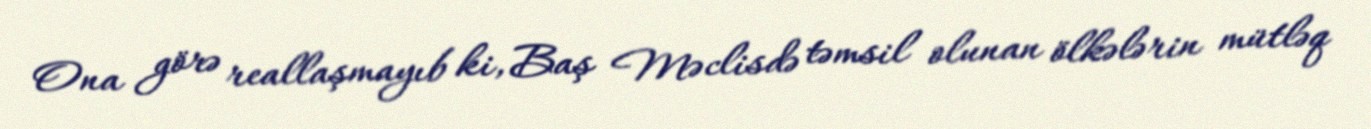
Ona görə reallaşmayıb ki, Baş Məclisdə təmsil olunan ölkələrin mütləq